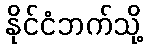
နိုင်ငံဘက်သို့